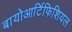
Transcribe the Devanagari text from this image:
बायोआर्टिफिशियल